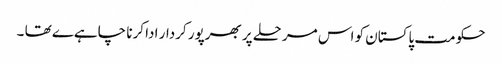
حکومت پاکستان کو اس مرحلے پر بھرپور کردار ادا کرنا چاہےے تھا ۔